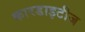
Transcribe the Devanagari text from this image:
कारडाइटीज